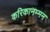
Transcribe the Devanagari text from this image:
करिकानम्मन